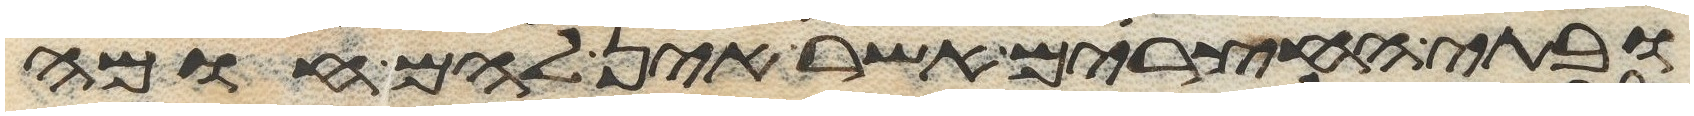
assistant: ובתי החצרים אשר אין להם חומה